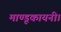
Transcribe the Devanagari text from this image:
माण्डूकायनी।